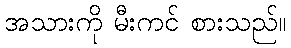
အသားကို မီးကင် စားသည်။